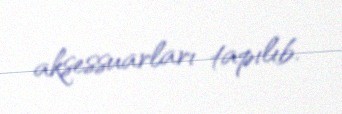
aksessuarları tapılıb.